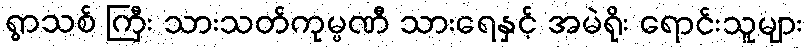
ရွာသစ် ကြီး သားသတ်ကုမ္ပဏီ သားရေနှင့် အမဲရိုး ရောင်းသူများ